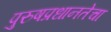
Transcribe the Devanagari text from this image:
पुरुषप्रधानतेचा